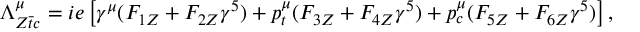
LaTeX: \Lambda _ { Z \bar { t } c } ^ { \mu } = i e \left[ \gamma ^ { \mu } ( F _ { 1 Z } + F _ { 2 Z } \gamma ^ { 5 } ) + p _ { t } ^ { \mu } ( F _ { 3 Z } + F _ { 4 Z } \gamma ^ { 5 } ) + p _ { c } ^ { \mu } ( F _ { 5 Z } + F _ { 6 Z } \gamma ^ { 5 } ) \right] ,